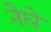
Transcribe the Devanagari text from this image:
नेघे